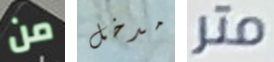
من مدخل متر